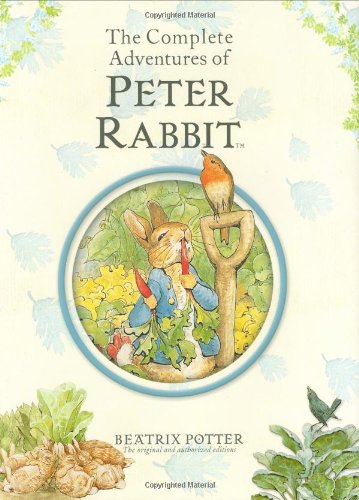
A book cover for The Complete Adventures of Peter Rabbit R/I; Beatrix Potter; Children's Books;